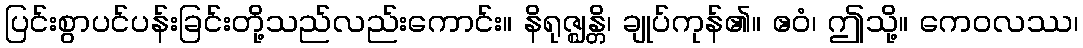
ပြင်းစွာပင်ပန်းခြင်းတို့သည်လည်းကောင်း။ နိရုဇ္ဈန္တိ၊ ချုပ်ကုန်၏။ ဧဝံ၊ ဤသို့။ ကေဝလဿ၊